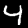
Digit: 4